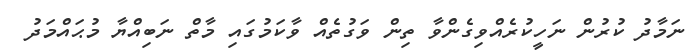
ނަމާދު ކުރުން ނަހީކުރެއްވިގެންވާ ތިން ވަގުތެއް ވާކަމުގައި މާތް ނަބިއްޔާ މުޙައްމަދު